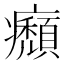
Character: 㿗